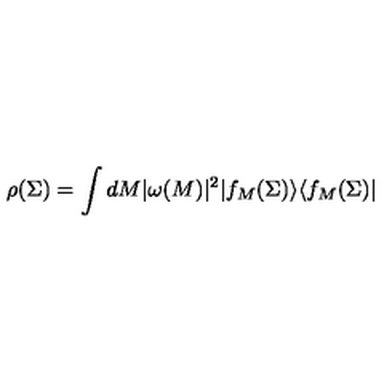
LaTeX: \rho ( \Sigma ) = \int d M | \omega ( M ) | ^ { 2 } | f _ { M } ( \Sigma ) \rangle \langle f _ { M } ( \Sigma ) |